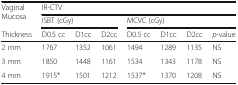
<table><thead><tr><td rowspan="2"><b>Vaginal Mucosa</b></td><td colspan="7"><b>IR-CTV</b></td></tr><tr><td colspan="3"><b>ISBT (cGy)</b></td><td colspan="4"><b>MCVC (cGy)</b></td></tr><tr><td><b>Thickness</b></td><td><b>D0.5 cc</b></td><td><b>D1cc</b></td><td><b>D2cc</b></td><td><b>D0.5 cc</b></td><td><b>D1cc</b></td><td><b>D2cc</b></td><td><b><i>p</i>-value</b></td></tr></thead><tbody><tr><td>2 mm</td><td>1767</td><td>1352</td><td>1061</td><td>1494</td><td>1289</td><td>1135</td><td>NS</td></tr><tr><td>3 mm</td><td>1850</td><td>1448</td><td>1161</td><td>1534</td><td>1343</td><td>1178</td><td>NS</td></tr><tr><td>4 mm</td><td>1915*</td><td>1501</td><td>1212</td><td>1537*</td><td>1370</td><td>1208</td><td>NS</td></tr></tbody></table>